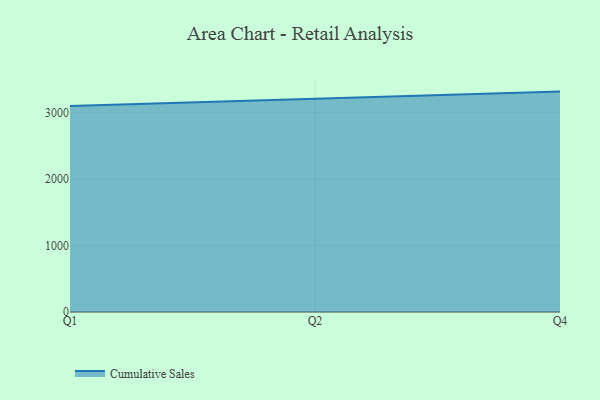
{"axis": {"x": "Quarter", "y": "Waste Production (Tons)"}, "legend": ["Cumulative Sales"], "data": [{"x": "Q1", "y": 3098.5, "type": "Cumulative Sales"}, {"x": "Q2", "y": 3203.9, "type": "Cumulative Sales"}, {"x": "Q4", "y": 3316.8, "type": "Cumulative Sales"}]}